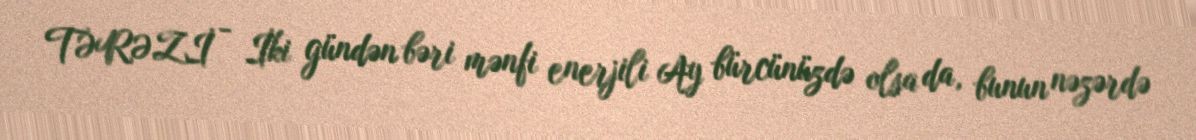
TƏRƏZİ - İki gündən bəri mənfi enerjili Ay bürcünüzdə olsa da, bunun nəzərdə